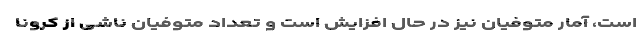
است، آمار متوفیان نیز در حال افزایش است و تعداد متوفیان ناشی از کرونا